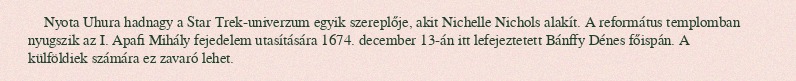
Nyota Uhura hadnagy a Star Trek-univerzum egyik szereplője, akit Nichelle Nichols alakít. A református templomban nyugszik az I. Apafi Mihály fejedelem utasítására 1674. december 13-án itt lefejeztetett Bánffy Dénes főispán. A külföldiek számára ez zavaró lehet.